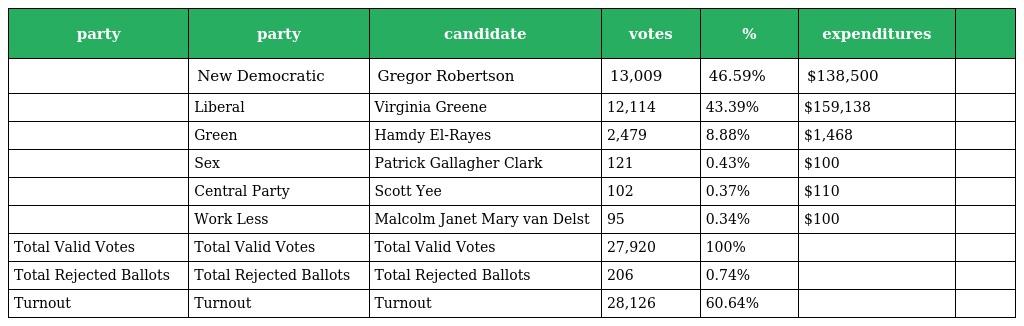
| party | party | candidate | votes | % | expenditures |  |
 | --- | --- | --- | --- | --- | --- | --- |
 |  | New Democratic | Gregor Robertson | 13,009 | 46.59% | $138,500 |  |
 |  | Liberal | Virginia Greene | 12,114 | 43.39% | $159,138 |  |
 |  | Green | Hamdy El-Rayes | 2,479 | 8.88% | $1,468 |  |
 |  | Sex | Patrick Gallagher Clark | 121 | 0.43% | $100 |  |
 |  | Central Party | Scott Yee | 102 | 0.37% | $110 |  |
 |  | Work Less | Malcolm Janet Mary van Delst | 95 | 0.34% | $100 |  |
 | Total Valid Votes | Total Valid Votes | Total Valid Votes | 27,920 | 100% |  |  |
 | Total Rejected Ballots | Total Rejected Ballots | Total Rejected Ballots | 206 | 0.74% |  |  |
 | Turnout | Turnout | Turnout | 28,126 | 60.64% |  |  |